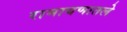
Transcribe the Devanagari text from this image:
रामायणातले